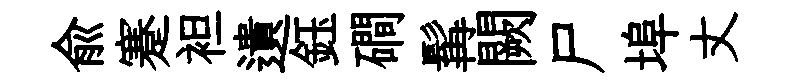
俞蹇袒遺鈺磵髯闕尸埠丈